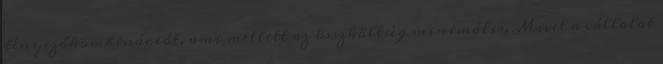
tényezőkombinációt, ami mellett az összköltség minimális. Mivel a vállalat